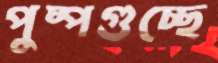
পুষ্পগুচ্ছে